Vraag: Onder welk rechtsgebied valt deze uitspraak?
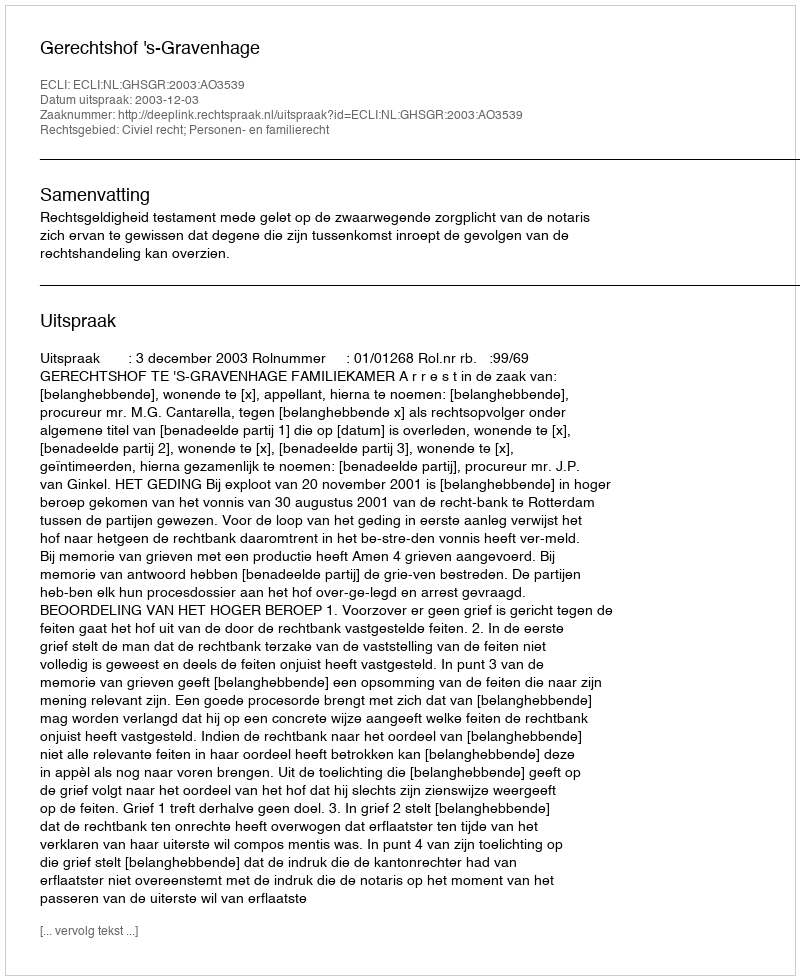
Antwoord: Civiel recht; Personen- en familierecht